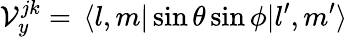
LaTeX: \mathcal V_{y}^{jk}=\, \langle l,m|\sin\theta\sin\phi|l^{\prime},m^{\prime}\rangle